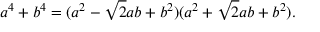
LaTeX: a ^ { 4 } + b ^ { 4 } = ( a ^ { 2 } - { \sqrt { 2 } } a b + b ^ { 2 } ) ( a ^ { 2 } + { \sqrt { 2 } } a b + b ^ { 2 } ) .